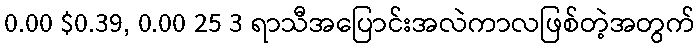
0.00 $0.39, 0.00 25 3 ရာသီအပြောင်းအလဲကာလဖြစ်တဲ့အတွက်